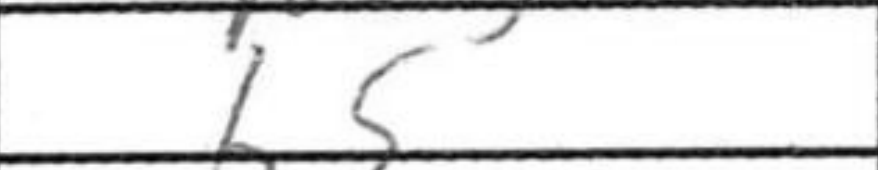
Transcription: b5